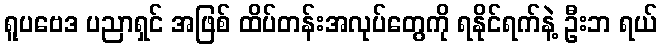
ရူပဗေဒ ပညာရှင် အဖြစ် ထိပ်တန်းအလုပ်တွေကို ရနိုင်ရက်နဲ့ ဦးဘ ရယ်